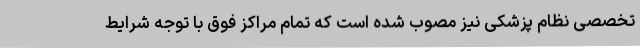
تخصصی نظام پزشکی نیز مصوب شده است که تمام مراکز فوق با توجه شرایط